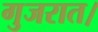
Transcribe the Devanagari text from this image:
गुजरात।